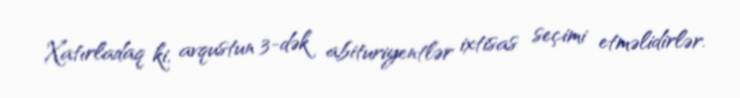
Xatırladaq ki, avqustun 3-dək abituriyentlər ixtisas seçimi etməlidirlər.